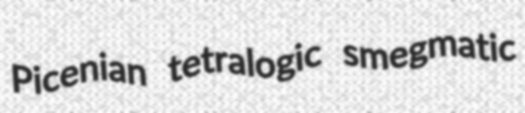
Picenian tetralogic smegmatic